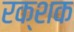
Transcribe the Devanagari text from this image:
रक्शक